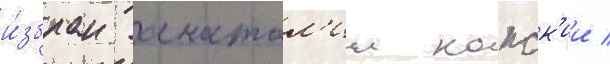
и́збран анатол'ии капск'ии /